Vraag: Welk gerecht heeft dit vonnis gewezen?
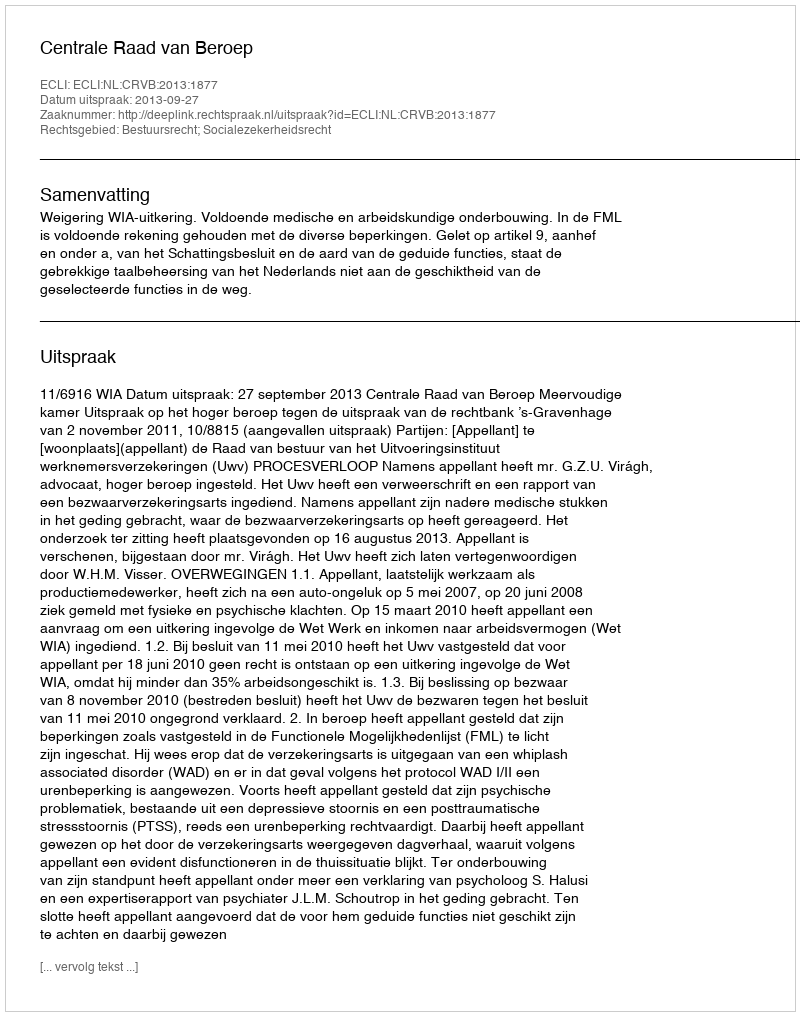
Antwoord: Centrale Raad van Beroep